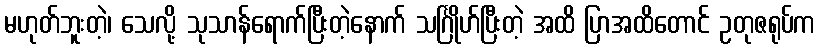
မဟုတ်ဘူးတဲ့၊ သေလို့ သုသာန်ရောက်ပြီးတဲ့နောက် သင်္ဂြိုဟ်ပြီးတဲ့ အထိ ပြာအထိတောင် ဥတုဇရုပ်က